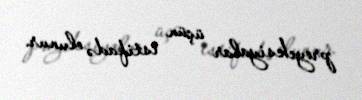
proyeksiyalar üçün istifadə olunur.